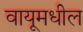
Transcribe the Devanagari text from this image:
वायूमधील